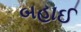
બહાઈ